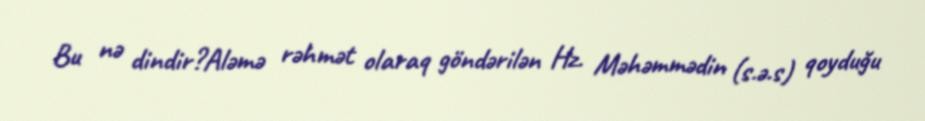
Bu nə dindir?Aləmə rəhmət olaraq göndərilən Hz. Məhəmmədin (s.ə.s) qoyduğu